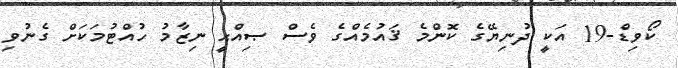
ކޯވިޑް-19 އަކީ ދުނިޔޭގެ ކޮންމެ ޤައުމެއްގެ ވެސް ޞިއްޙީ ނިޒާމު ހުއްޓުމަކަށް ގެނުވި